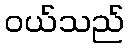
ဝယ်သည်